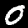
Label: 0